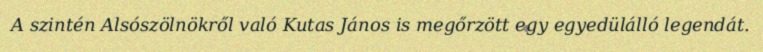
A szintén Alsószölnökről való Kutas János is megőrzött egy egyedülálló legendát.